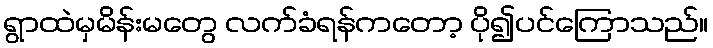
ရွာထဲမှမိန်းမတွေ လက်ခံရန်ကတော့ ပို၍ပင်ကြောသည်။